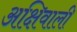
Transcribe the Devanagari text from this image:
अक्षिवाली